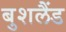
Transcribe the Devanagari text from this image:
बुशलैंड